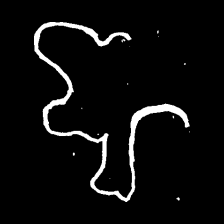
Pyu character \u2014 Myanmar letter: ဈ (romanized: jha)